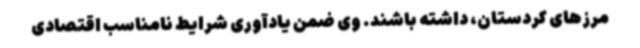
مرزهای کردستان، داشته باشند. وی ضمن یادآوری شرایط نامناسب اقتصادی